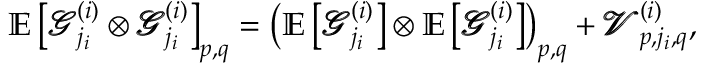
\mathbb { E } \left[ \pmb { \mathscr { G } } _ { j _ { i } } ^ { ( i ) } \otimes \pmb { \mathscr { G } } _ { j _ { i } } ^ { ( i ) } \right] _ { p , q } = \left( \mathbb { E } \left[ \pmb { \mathscr { G } } _ { j _ { i } } ^ { ( i ) } \right] \otimes \mathbb { E } \left[ \pmb { \mathscr { G } } _ { j _ { i } } ^ { ( i ) } \right] \right) _ { p , q } + \pmb { \mathscr { V } } _ { p , j _ { i } , q } ^ { ( i ) } ,